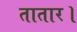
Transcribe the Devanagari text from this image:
तातार।